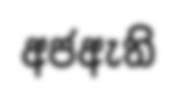
අජඇති